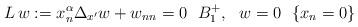
LaTeX: \begin{align*}L \, w:=x_n^{\alpha}\Delta_{x'} w + w_{nn}=0~~ B_1^{+},~~w=0~ ~ \{x_n=0\}\end{align*}